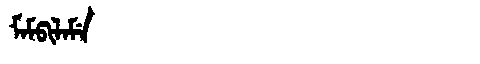
Manchu: ᠮᠠᠮᡦᡳᠯᠠᠮᡝ
Romanization: MAMPILAME